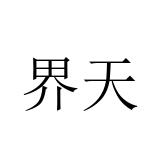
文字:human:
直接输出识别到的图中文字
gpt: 界天